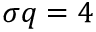
\sigma q = 4